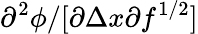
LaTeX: \partial^{2}\phi/[\partial{\Delta x}\partial{f^{1/2}}]